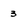
Character: 3